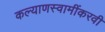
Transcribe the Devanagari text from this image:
कल्याणस्वामींकरवी